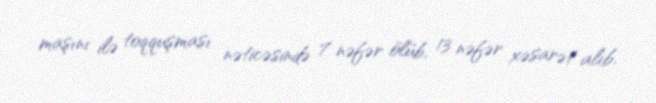
maşını ilə toqquşması nəticəsində 7 nəfər ölüb, 13 nəfər xəsarət alıb.